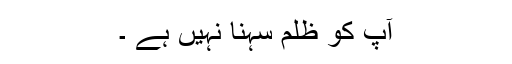
آپ کو ظلم سہنا نہيں ہے ۔